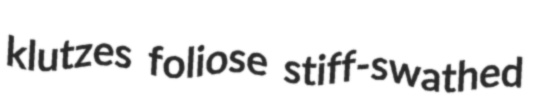
klutzes foliose stiff-swathed